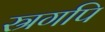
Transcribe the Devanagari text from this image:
स्रगपि